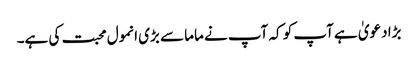
بڑا دعویٰ ہے آپ کو کہ آپ نے ماما سے بڑی انمول محبت کی ہے۔